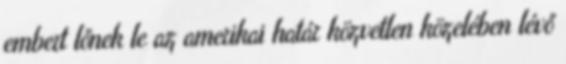
embert lőnek le az amerikai határ közvetlen közelében lévő